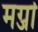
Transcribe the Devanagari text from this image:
मर्ग्जा